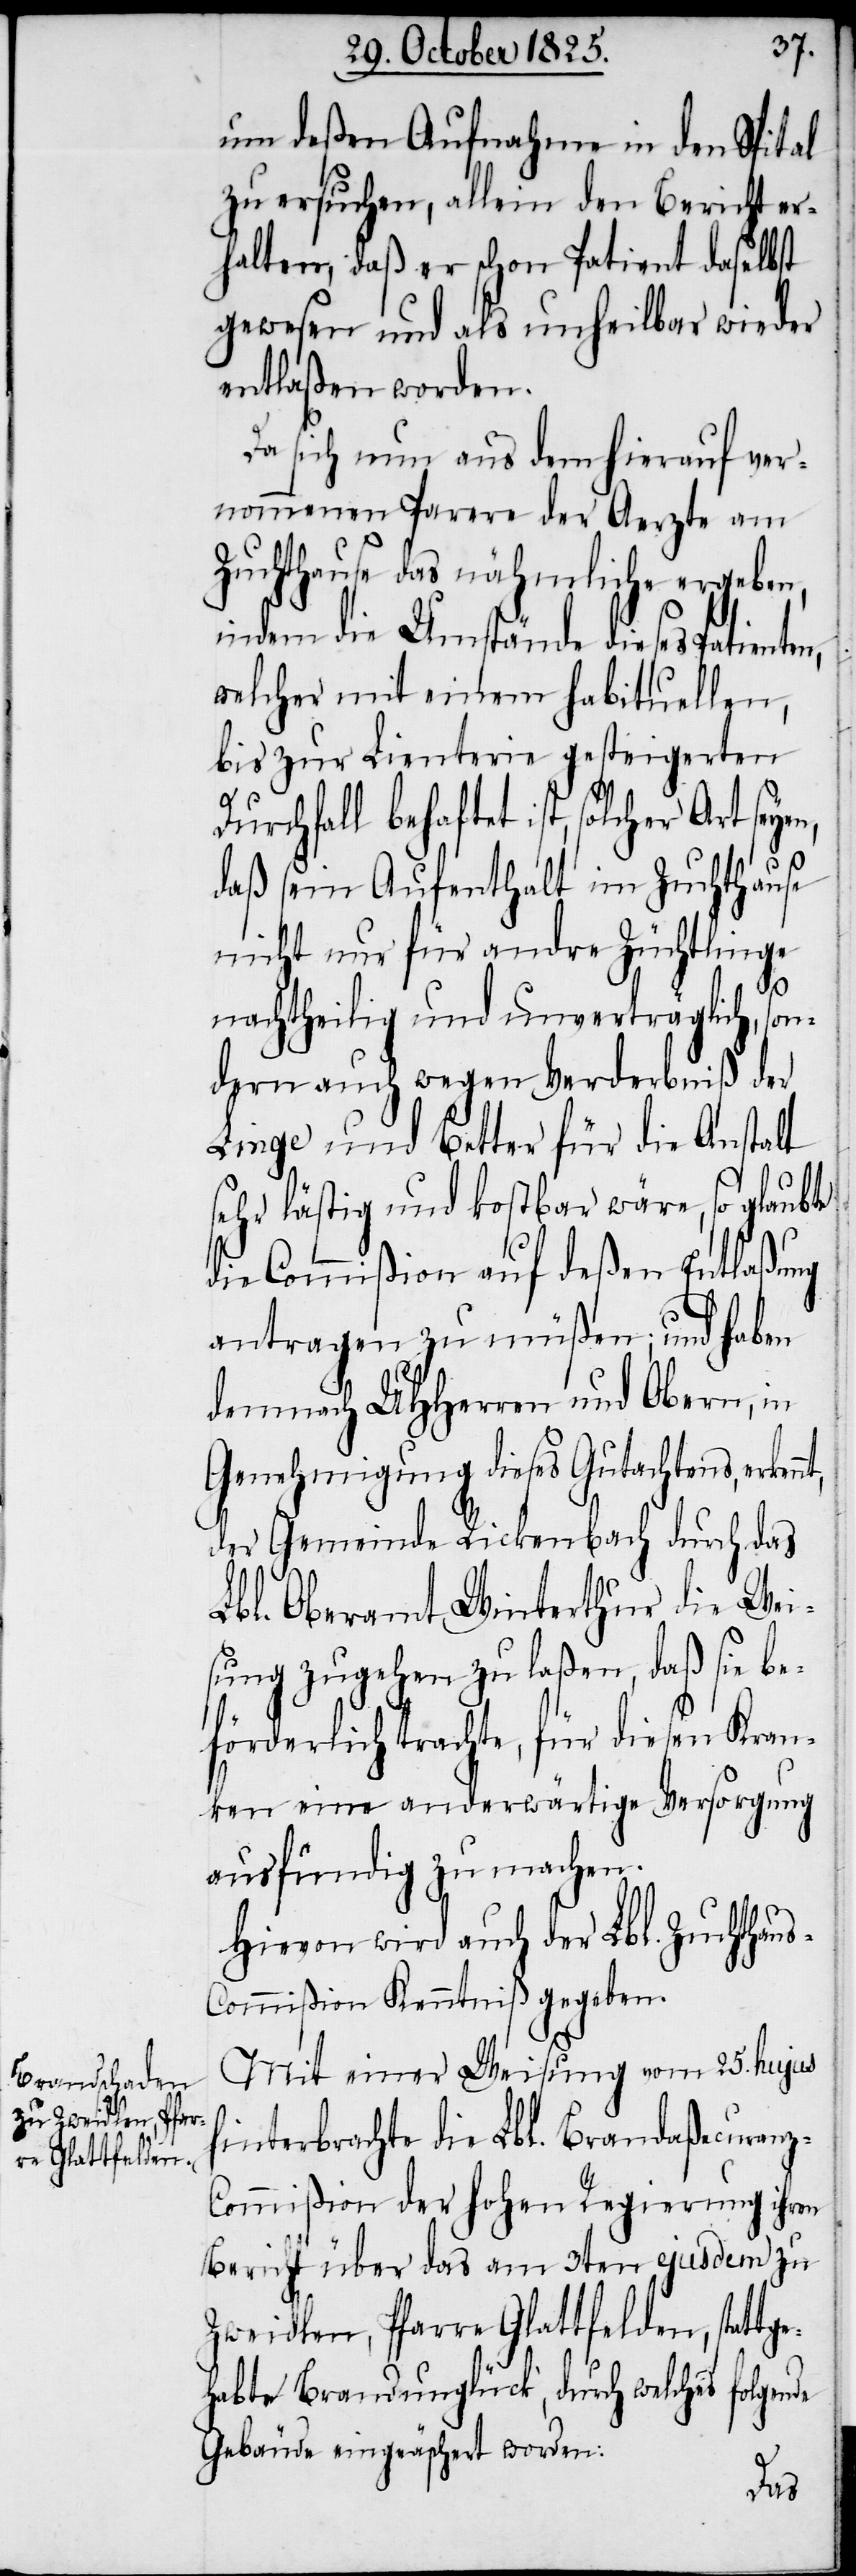
um deßen Aufnahme in den Spital
zu ersuchen, allein den Bericht er¬
halten, daß er schon Patient daselbst
gewesen und als unheilbar wieder
entlaßen worden.
Da sich nun aus dem hierauf ver¬
nommenen Parere der Aerzte am
Zuchthause das nähmliche ergeben,
indem die Umstände dieses
welcher mit einem habituellen,
bis zur Lienterie gesteigerten
Durchfall behaftet ist, solcher
daß sein Aufenthalt im Zuchthause
nicht nur für andre Züchtlinge
nachtheilig und unverträglich, son¬
dern auch wegen Verderbniß der
Linge und Better für die Anstalt
sehr lästig und kostbar wäre, so glaubte
die Commißion auf deßen Entlaßung
antragen zu müßen; und haben
demnach UHHerren und Obern, in
Genehmigung dieses Gutachtens, erken¬
der Gemeinde Rickenbach durch das
Lbl. Oberamt Winterthur die Wei¬
sung zugehen zu laßen, daß sie b¬
eförderlich trachte, für diesen Kran¬
ken eine anderwärtige Versorgung
ausfündig zu machen.
Hievon wird auch der Lbl. Zuchthaus-C¬
ommißion Kenntniß gegeben.
Mit einer Weisung vom 25. hujus
hinterbrachte die Lbl. Brandaßecuranz-C¬
ommißion der hohen Regierung ihren
Bericht über das am 3ten ejusdem zu
Zweidlen, Pfarre Glattfelden, stattg¬
ehabte Brandunglück, durch welches folgen¬
Gebäude eingeäschert worden:
de